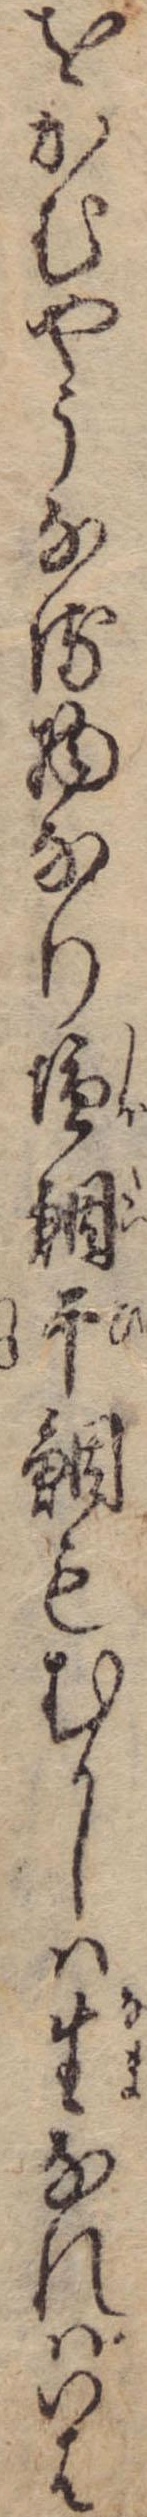
をかむやうなる物なり塩鯛干鯛もむかしは生なればいは